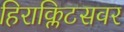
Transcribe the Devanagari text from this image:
हिराक्लिटसवर